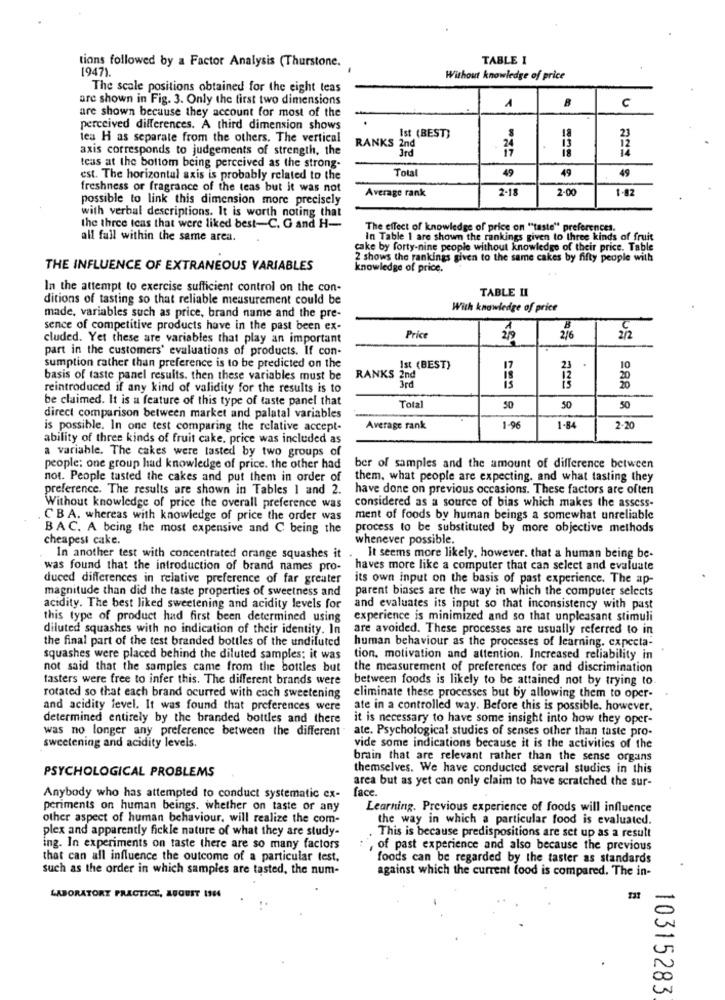
TABLE I
tions followed by a Factor Analysis (Thurstone.
1947).
Without knowledge of price
The scale positions obtained for the eight teas
are shown in Fig. 3. Only the first two dimensions
1
C
are shown because they account for most of the
perceived differences. A third dimension shows
Ist (BEST)
les H as separate from the others. The vertical
axis corresponds to judgements of strength, the
RANKS 2nd
Jrd
24
teas at the bottom being perceived as the strong-
Total
49
49
49
est. The horizontal axis is probably related to the
freshness or fragrance of the teas but it was not
Average rank
2-18
2-00
1-82
possible to link this dimension more precisely
with verbal descriptions. It is worth noting that
the three teas that were liked best-C. G and H-
The effect of knowledge of price on ""taste" preferences.
all fall within the same area.
in Table 1 are shown the rankings given to Ihree kinds of fruit
cake by forty-nine people without knowledge of their price. Table
2 shows the rankings given to the same cakes by fifty people with
THE INFLUENCE OF EXTRANEOUS VARIABLES
knowledge of price.
In the attempt to exercise sufficient control on the con-
TABLE II
ditions of tasting so that reliable measurement could be
With knowledge of price
made, variables such as price, brand name and the pre-
sence of competitive products have in the past been ex-
B
cluded. Yet these are variables that play an important
Price
2/6
212
part in the customers' evaluations of products. If con-
sumption rather than preference is to be predicted on the
Ist (BEST)
23
10
basis of taste panel results. then these variables must be
RANKS 2nd
3rd
288
reintroduced if any kind of validity for the results is to
be claimed. It is a feature of this type of taste panel that
Total
50
50
50
direct comparison between market and palatal variables
is possible. In one test comparing the relative accept-
Average rank
1-96
1-84
2-20
ability of three kinds of fruit cake, price was included as
a variable. The cakes were tasted by two groups of
people: one group had knowledge of price. the other had
ber of samples and the amount of difference between
not. People tasted the cakes and put them in order of
them, what people are expecting. and what tasting they
preference. The results are shown in Tables 1 and 2.
have done on previous occasions. These factors are often
considered as a source of bias which makes the assess-
Without knowledge of price the overall preference was
CB A. whereas with knowledge of price the order was
ment of foods by human beings a somewhat unreliable
BAC. A being the most expensive and C being the
process to be substituted by more objective methods
cheapest cake.
whenever possible,
In another test with concentrated orange squashes it
It seems more likely. however, that a human being be-
was found that the introduction of brand names pro-
haves more like a computer that can select and evaluate
duced differences in relative preference of far greater
its own input on the basis of past experience. The ap-
magnitude than did the taste properties of sweetness and
parent biases are the way in which the computer selects
acidity. The best liked sweetening and acidity levels for
and evaluates its input so that inconsistency with past
this type of product had first been determined using
experience is minimized and so that unpleasant stimuli
diluted squashes with no indication of their identity. In
are avoided. These processes are usually referred to in
the final part of the test branded bottles of the undiluted
human behaviour as the processes of learning. cxpccta-
squashes were placed behind the diluted samples; it was
tion. motivation and attention. Increased reliability in
not said that the samples came from the bottles but
the measurement of preferences for and discrimination
tasters were free to infer this. The different brands were
between foods is likely to be attained not by trying to.
rotated so that each brand ocurred with each sweetening
eliminate these processes but by allowing them to oper-
and acidity level. It was found that preferences were
ate in a controlled way. Before this is possible. however,
determined entirely by the branded bottles and there
it is necessary to have some insight into how they oper-
was no longer any preference between the different
ate. Psychological studies of senses other than taste pro-
sweetening and acidity levels.
vide some indications because it is the activities of the
brain that are relevant rather than the sense organs
PSYCHOLOGICAL PROBLEMS
themselves. We have conducted several studies in this
area but as yet can only claim to have scratched the sur-
face.
Anybody who has attempted to conduct systematic ex-
periments on human beings. whether on taste or any
Learning. Previous experience of foods will influence
other aspect of human behaviour, will realize the com-
the way in which a particular food is evaluated.
plex and apparently fickle nature of what they are study-
This is because predispositions are set up as a result
ing. In experiments on taste there are so many factors
, of past experience and also because the previous
that can all influence the outcome of a particular test,
foods can be regarded by the taster as standards
such as the order in which samples are tasted, the num-
against which the current food is compared. The in-
LABORATORY PRACTICE, AUGUST 1964
10315283